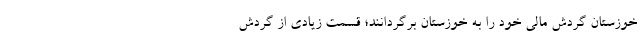
خوزستان گردش مالی خود را به خوزستان برگردانند؛ قسمت زیادی از گردش